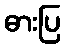
ဓားပြ